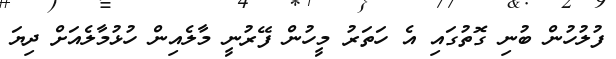
ފުލުހުން ބުނި ގޮތުގައި އެ ހަތަރު މީހުން ފޭރުނީ މާލެއިން ހުޅުމާލެއަށް ދިޔަ